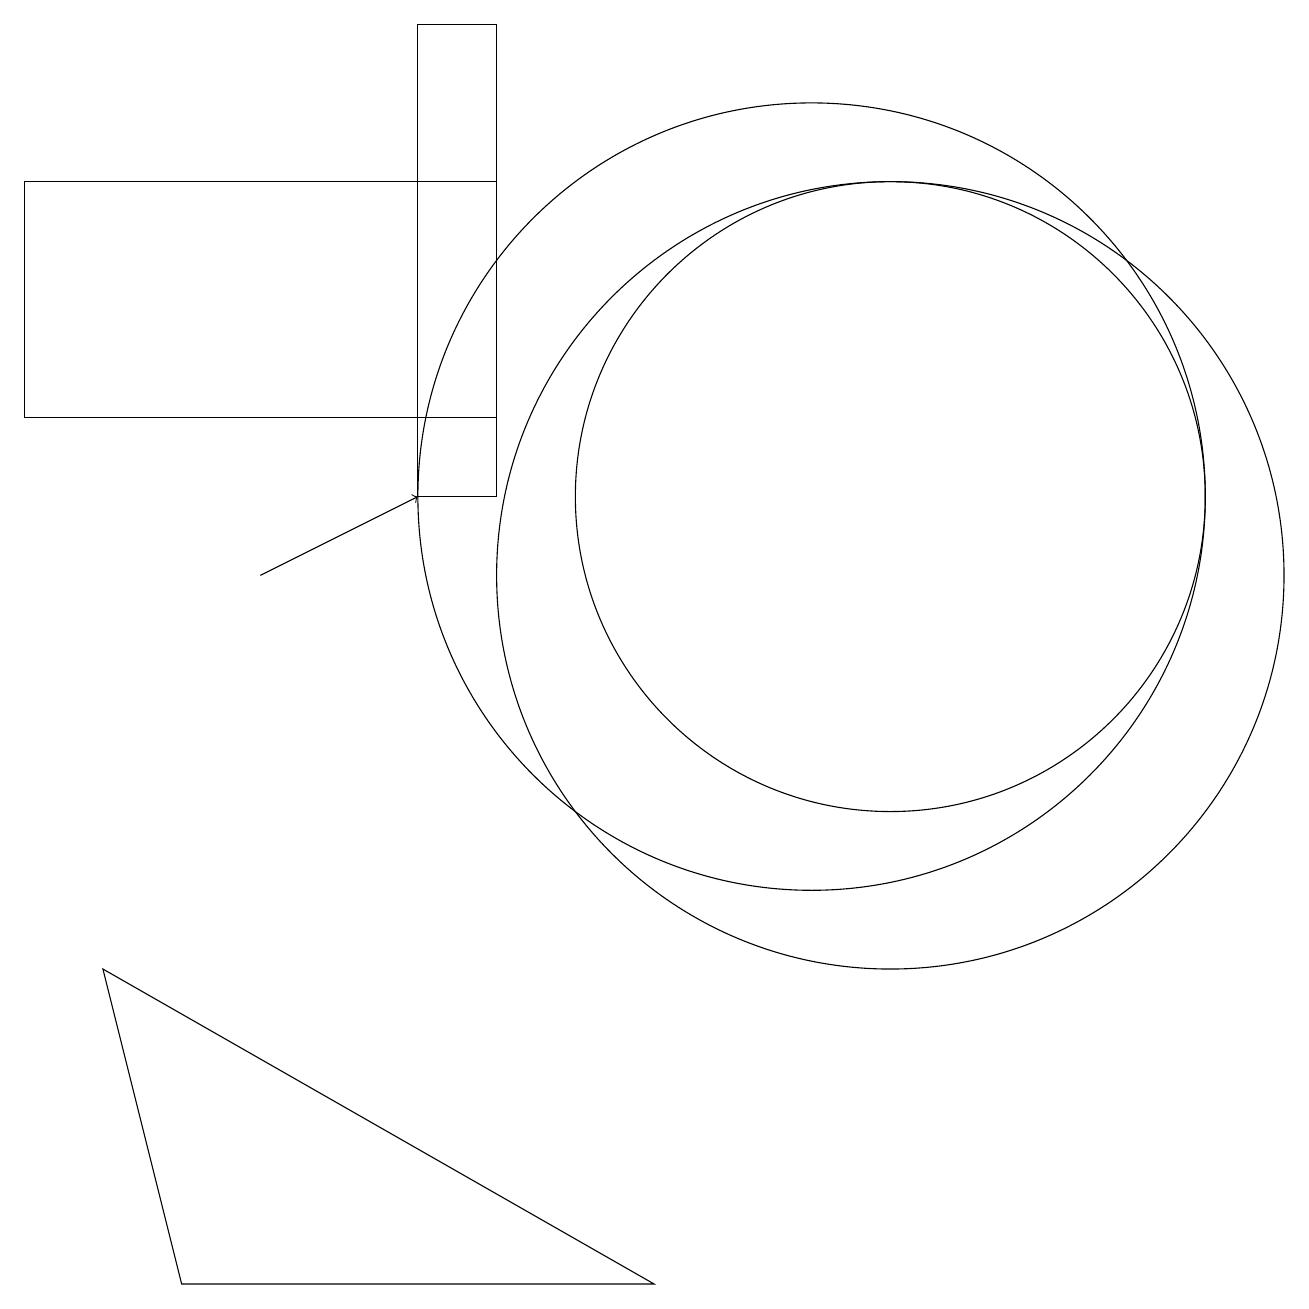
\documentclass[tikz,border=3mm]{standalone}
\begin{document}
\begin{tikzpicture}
\draw (2,1) -- (8,1) -- (1,5) -- cycle;
\draw (6,12) rectangle (0,15);
\draw (11,10) circle (5);
\draw (11,11) circle (4);
\draw[->] (3,10) -- (5,11);
\draw (5,11) rectangle (6,17);
\draw (11,10) circle (0);
\draw (10,11) circle (5);
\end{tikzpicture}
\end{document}